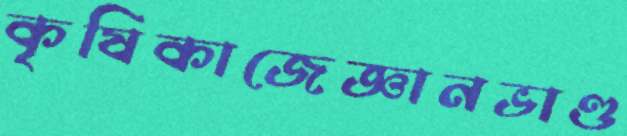
কৃষিকাজেজ্ঞানভাণ্ড